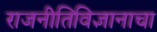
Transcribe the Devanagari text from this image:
राजनीतिविज्ञानाचा